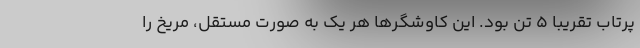
پرتاب تقریباً 5 تن بود. این کاوشگرها هر یک به صورت مستقل، مریخ را